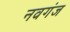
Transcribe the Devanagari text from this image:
नवगंज